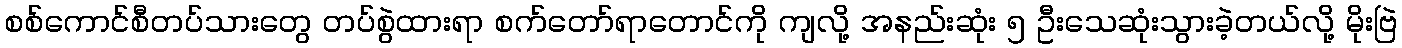
စစ်ကောင်စီတပ်သားတွေ တပ်စွဲထားရာ စက်တော်ရာတောင်ကို ကျလို့ အနည်းဆုံး ၅ ဦးသေဆုံးသွားခဲ့တယ်လို့ မိုးဗြဲ